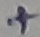
Text: +